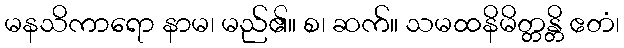
မနသိကာရော နာမ၊ မည်၏။ စ၊ ဆက်။ သမထနိမိတ္တန္တိ ဧတံ၊